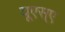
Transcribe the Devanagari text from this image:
यूएस्‌ए